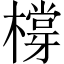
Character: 橕